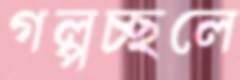
গল্পচ্ছলে